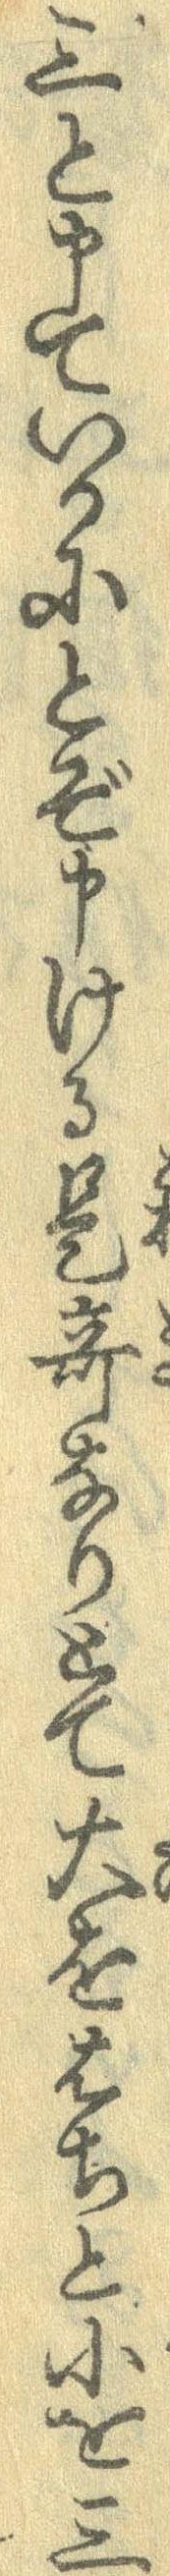
三と申ていかにとぞ申ける是奇なりとて大をはちと小を三